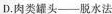
D.肉类罐头--脱水法